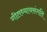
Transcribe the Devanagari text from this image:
गीतध्यायसंगति